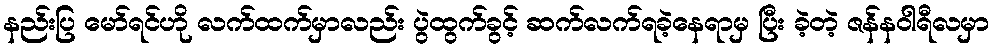
နည်းပြ မော်ရင်ဟို လက်ထက်မှာလည်း ပွဲထွက်ခွင့် ဆက်လက်ရခဲ့နေရာမှ ပြီး ခဲ့တဲ့ ဇန်နဝါရီလမှာ